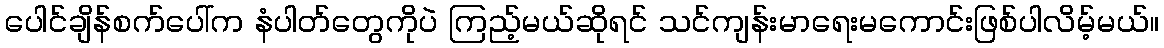
ပေါင်ချိန်စက်ပေါ်က နံပါတ်တွေကိုပဲ ကြည့်မယ်ဆိုရင် သင်ကျန်းမာရေးမကောင်းဖြစ်ပါလိမ့်မယ်။